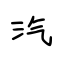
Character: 汽